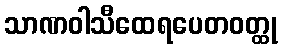
သာဏဝါသီထေရပေတဝတ္ထု